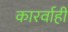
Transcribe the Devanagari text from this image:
कारर्वाही